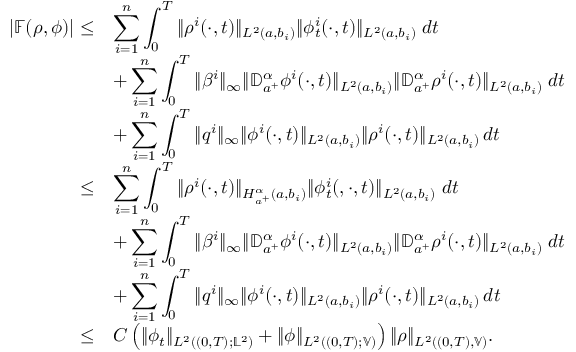
\begin{array} { r l } { \left| \mathbb { F } ( \rho , \phi ) \right| \leq } & { \displaystyle \sum _ { i = 1 } ^ { n } \int _ { 0 } ^ { T } \| \rho ^ { i } ( \cdot , t ) \| _ { L ^ { 2 } ( a , b _ { i } ) } \| \phi _ { t } ^ { i } ( \cdot , t ) \| _ { L ^ { 2 } ( a , b _ { i } ) } \; d t } \\ & { + \displaystyle \sum _ { i = 1 } ^ { n } \int _ { 0 } ^ { T } \| \beta ^ { i } \| _ { \infty } \| { \mathbb D } _ { a ^ { + } } ^ { \alpha } \phi ^ { i } ( \cdot , t ) \| _ { L ^ { 2 } ( a , b _ { i } ) } \| { \mathbb D } _ { a ^ { + } } ^ { \alpha } \rho ^ { i } ( \cdot , t ) \| _ { L ^ { 2 } ( a , b _ { i } ) } \; d t } \\ & { + \displaystyle \sum _ { i = 1 } ^ { n } \int _ { 0 } ^ { T } \| q ^ { i } \| _ { \infty } \| \phi ^ { i } ( \cdot , t ) \| _ { L ^ { 2 } ( a , b _ { i } ) } \| \rho ^ { i } ( \cdot , t ) \| _ { L ^ { 2 } ( a , b _ { i } ) } \, d t } \\ { \leq } & { \displaystyle \sum _ { i = 1 } ^ { n } \int _ { 0 } ^ { T } \| \rho ^ { i } ( \cdot , t ) \| _ { H _ { a ^ { + } } ^ { \alpha } ( a , b _ { i } ) } \| \phi _ { t } ^ { i } ( , \cdot , t ) \| _ { L ^ { 2 } ( a , b _ { i } ) } \; d t } \\ & { + \displaystyle \sum _ { i = 1 } ^ { n } \int _ { 0 } ^ { T } \| \beta ^ { i } \| _ { \infty } \| { \mathbb D } _ { a ^ { + } } ^ { \alpha } \phi ^ { i } ( \cdot , t ) \| _ { L ^ { 2 } ( a , b _ { i } ) } \| { \mathbb D } _ { a ^ { + } } ^ { \alpha } \rho ^ { i } ( \cdot , t ) \| _ { L ^ { 2 } ( a , b _ { i } ) } \; d t } \\ & { + \displaystyle \sum _ { i = 1 } ^ { n } \int _ { 0 } ^ { T } \| q ^ { i } \| _ { \infty } \| \phi ^ { i } ( \cdot , t ) \| _ { L ^ { 2 } ( a , b _ { i } ) } \| \rho ^ { i } ( \cdot , t ) \| _ { L ^ { 2 } ( a , b _ { i } ) } \, d t } \\ { \leq } & { C \left( \| \phi _ { t } \| _ { L ^ { 2 } ( ( 0 , T ) ; \mathbb { L } ^ { 2 } ) } + \| \phi \| _ { L ^ { 2 } ( ( 0 , T ) ; \mathbb { V } ) } \right) \| \rho \| _ { L ^ { 2 } ( ( 0 , T ) , \mathbb { V } ) } . } \end{array}